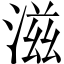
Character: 滋